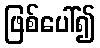
ဖြစ်ပေါ်၍